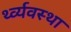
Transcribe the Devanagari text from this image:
र्थ्व्यवस्था